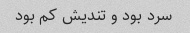
سرد بود و تندیش کم بود